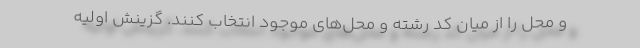
و محل را از میان کد رشته و محل‌های موجود انتخاب کنند. گزینش اولیه